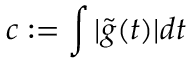
c : = \int | \tilde { g } ( t ) | d t